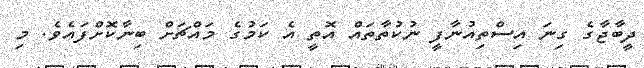
ދީބާޖާގެ ގިނަ އިސްތިއުނާފީ ނުކުތާތައް އޮތީ އެ ކަމުގެ މައްޗަށް ބިނާކޮށްފައެވެ. މި